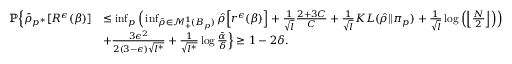
\begin{array} { r l } { \mathbb { P } \Big \{ \bar { \rho } _ { p ^ { * } } [ R ^ { \epsilon } ( \beta ) ] } & { \leq \operatorname* { i n f } _ { p } \Big ( \operatorname* { i n f } _ { \hat { \rho } \in \mathcal { M } _ { + } ^ { 1 } ( B _ { p } ) } \hat { \rho } \Big [ r ^ { \epsilon } ( \beta ) \Big ] + \frac { 1 } { \sqrt { l } } \frac { 2 + 3 C } { C } + \frac { 1 } { \sqrt { l } } K L ( \hat { \rho } | | \pi _ { p } ) + \frac { 1 } { \sqrt { l } } \log \Big ( \Big \lfloor \frac { N } { 2 } \Big \rfloor \Big ) \Big ) } \\ & { + \frac { 3 \epsilon ^ { 2 } } { 2 ( 3 - \epsilon ) \sqrt { l ^ { * } } } + \frac { 1 } { \sqrt { l ^ { * } } } \log \frac { \bar { \alpha } } { \delta } \Big \} \geq 1 - 2 \delta . } \end{array}